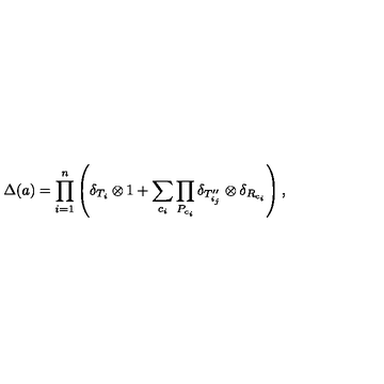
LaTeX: \Delta ( a ) = \prod _ { i = 1 } ^ { n } \left( \delta _ { T _ { i } } \otimes 1 + \sum _ { c _ { i } } \prod _ { P _ { c _ { i } } } \delta _ { T _ { i _ { j } } ^ { \prime \prime } } \otimes \delta _ { R _ { c _ { i } } } \right) ,